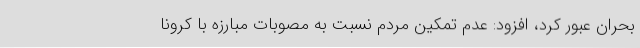
بحران عبور کرد، افزود: عدم تمکین مردم نسبت به مصوبات مبارزه با کرونا